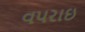
વપરાઇ